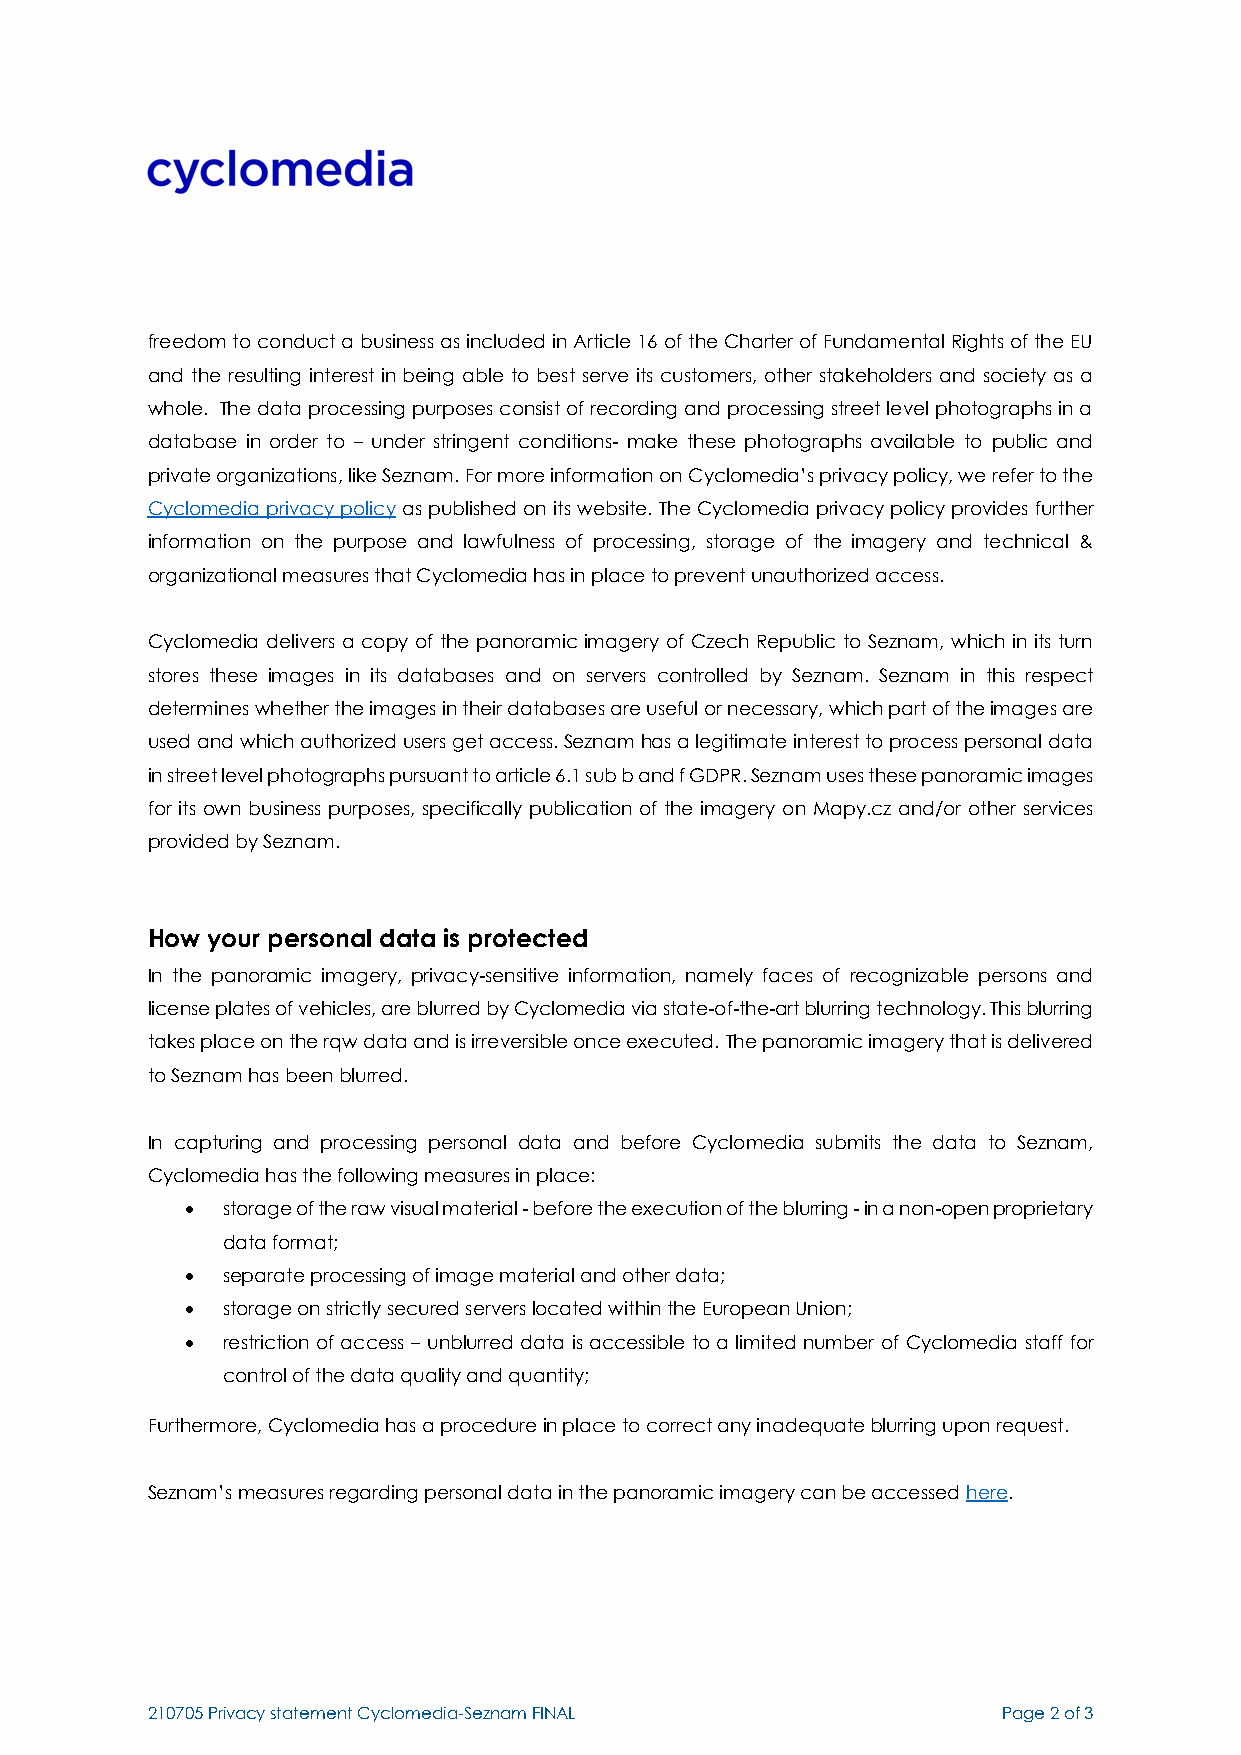
freedom to conduct a business as included in Article 16 of the Charter of Fundamental Rights of the EU
 and the resulting interest in being able to best serve its customers, other stakeholders and society as a
 whole. The data processing purposes consist of recording and processing street level photographs in a
 database in order to – under stringent conditions- make these photographs available to public and
 private organizations, like Seznam. For more information on Cyclomedia’s privacy policy, we refer to the
 Cyclomedia privacy policy as published on its website. The Cyclomedia privacy policy provides further
 information on the purpose and lawfulness of processing, storage of the imagery and technical &
 organizational measures that Cyclomedia has in place to prevent unauthorized access.
 Cyclomedia delivers a copy of the panoramic imagery of Czech Republic to Seznam, which in its turn
 stores these images in its databases and on servers controlled by Seznam. Seznam in this respect
 determines whether the images in their databases are useful or necessary, which part of the images are
 used and which authorized users get access. Seznam has a legitimate interest to process personal data
 in street level photographs pursuant to article 6.1 sub b and f GDPR. Seznam uses these panoramic images
 for its own business purposes, specifically publication of the imagery on Mapy.cz and/or other services
 provided by Seznam.
 How your personal data is protected
 In the panoramic imagery, privacy-sensitive information, namely faces of recognizable persons and
 license plates of vehicles, are blurred by Cyclomedia via state-of-the-art blurring technology. This blurring
 takes place on the rqw data and is irreversible once executed. The panoramic imagery that is delivered
 to Seznam has been blurred.
 In capturing and processing personal data and before Cyclomedia submits the data to Seznam,
 Cyclomedia has the following measures in place:
 •  storage of the raw visual material - before the execution of the blurring - in a non-open proprietary
 data format;
 •  separate processing of image material and other data;
 •  storage on strictly secured servers located within the European Union;
 •  restriction of access – unblurred data is accessible to a limited number of Cyclomedia staff for
 control of the data quality and quantity;
 Furthermore, Cyclomedia has a procedure in place to correct any inadequate blurring upon request.
 Seznam’s measures regarding personal data in the panoramic imagery can be accessed here.
 210705 Privacy statement Cyclomedia-Seznam FINAL        Page 2 of 3